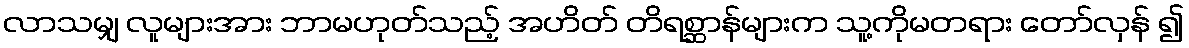
လာသမျှ လူများအား ဘာမဟုတ်သည့် အဟိတ် တိရစ္ဆာန်များက သူ့ကိုမတရား တော်လှန် ၍